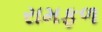
રામફળ